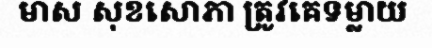
មាស សុខសោភា ត្រូវគេទម្លាយ